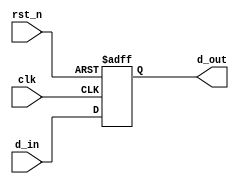
module ParameterizedRegister #(
    parameter WIDTH = 8  // Default width is 8 bits
) (
    input wire              clk,       // Clock signal
    input wire              rst_n,     // Asynchronous active-low reset signal
    input wire [WIDTH-1:0] d_in,      // Data input
    output reg [WIDTH-1:0] d_out        // Data output
);

// Always block triggered on clock edges and reset
always @(posedge clk or negedge rst_n) begin
    if (!rst_n) begin
        // Asynchronous reset: set register to zero
        d_out <= {WIDTH{1'b0}}; // Clear register
    end else begin
        // On clock edge, capture input data
        d_out <= d_in; // Store data
    end
end

endmodule